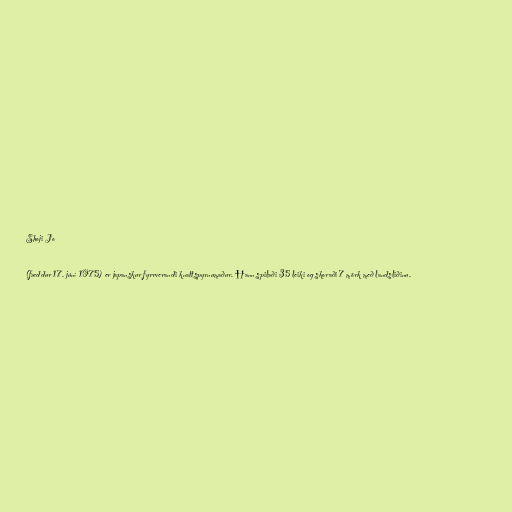
Shoji Jo

(fæddur 17. júní 1975) er japanskur fyrrverandi knattspyrnumaður. Hann spilaði 35 leiki og skoraði 7 mörk með landsliðinu.